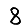
Digit: 8